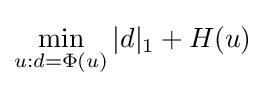
\min _{u:d=\Phi (u)}|d|_{1}+H(u)